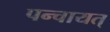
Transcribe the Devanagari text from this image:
पन्चायत्